Report on sanitation, dispensaries, and jails in Rajputana for 1914, and on vaccination for the year 1914-1915 - 1914-1915
Year: 1914
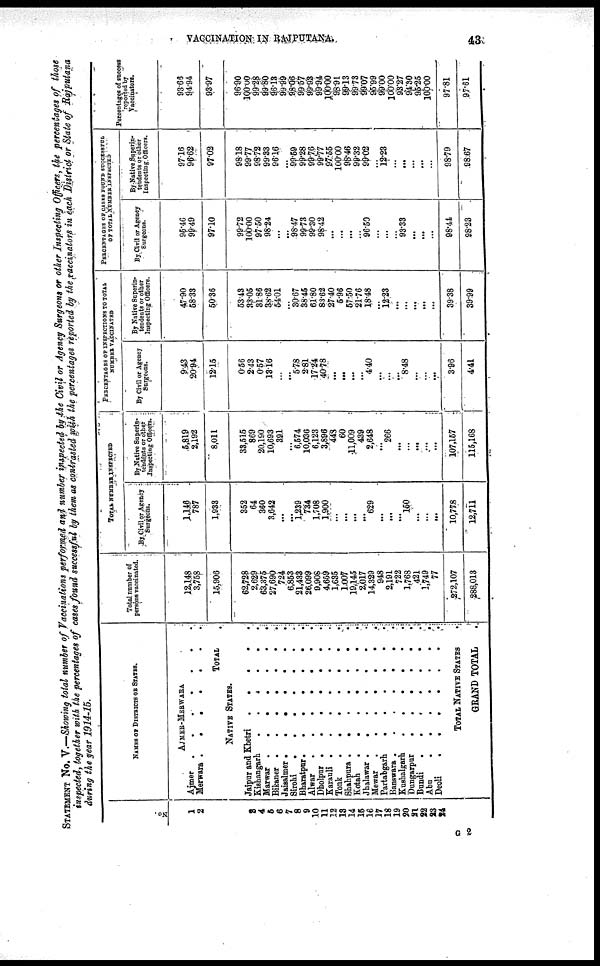
VACCINATION IN
RAJPUTANA.
43
STATEMENT No. V.—Showing total number of Vaccinations performed and number inspected by the Civil or Agency Surgeons or other Inspecting Officers, the percentages of those
inspected, together with the percentages of cases found successful by them as contrasted with the percentages reported by the vaccinators in each District or State of
Rajputana
during the year 1914-15.
No.
1
2
3
4
5
6
7
8
9
10
11
12
13
14
15
16
17
18
19
20
21
22
23
24
NAMES OF DISTRICTS OR STATES.
AJMER-MERWARA
Ajmer . . . . . . .
Merwara .
.
.
.
.
.
.
TOTAL .
NATIVE STATES.
Jaipur and Khetri
.
.
.
.
Kishangarh
.
.
.
.
.
.
Marwar .
.
.
.
.
.
.
Bikaner
.
.
.
.
.
.
.
Jaisalmer
.
.
.
.
.
.
.
Sirohi
.
.
.
.
.
.
.
Bharatpur
.
.
.
.
.
.
.
Alwar
.
.
.
.
.
.
.
Dholpur
.
.
.
.
.
.
.
Karauli
.
.
.
.
.
.
.
Tonk
.
.
.
.
.
.
.
Shahpura .
.
.
.
.
.
.
Kotah
.
.
.
.
.
.
.
Jhalawar
.
.
.
.
.
.
.
Mewar .
.
.
.
.
.
.
Partabgarh . . . . . . . .
Banswara .
.
.
.
.
.
.
Kushalgarh
.
.
.
.
.
.
Dungarpur
.
.
.
.
.
.
Bundi
.
.
.
.
.
.
.
.
Abu
.
.
.
.
.
.
.
.
Deoli
.
.
.
.
.
.
.
.
TOTAL NATIVE STATES .
GRAND TOTAL .
Total number of
persons vaccinated.
22,148
3,758
15,906
62,728
2,629
63,375
27,690
724
6,853
21,433
26,099
9,908
4,659
1,635
1,007
19,145
2,017
14,329
948
2,191
722
1,768
421
1,749
77
272,107
288,013
TOTAL NUMBER
INSPECTED
By Civil or Agency
Surgeons.
1,146
787
1,933
352
64
360
3,642
...
...
1,239
734
1,708
1,900
...
...
...
...
629
...
...
...
150
...
...
...
10,778
12,711
By Native Superin-
tendents or other
Inspecting Officers.
5,819
2,192
8,011
33,515
869
20,190
10,693
391
...
6,574
10,036
6,123
3,896
443
60
11,009
439
2,648
...
266
...
...
...
...
...
107,157
115,168
PERCENTAGES OF INSPECTIONS TO TOTAL
NUMBER VACCINATED
By Civil or Agency
Surgeons.
9.43
20.94
12.15
0.56
2.43
0.57
13.16
...
...
5.78
2.81
17.24
40.78
...
...
...
...
4.40
...
...
...
8.48
...
...
...
3.96
4.41
By Native Superin-
tendents or other
Inspecting Officers.
47.90
58.33
50.36
53.43
33.05
31.86
38.62
54.01
...
30.67
38.45
61.80
83.62
27.40
5.96
57.50
21.76
18.48
...
12.23
...
...
...
...
...
39.38
39.99
PERCENTAGES OF CASES FOUND SUCCESSFUL
OF TOTAL NUMBER INSPECTED
By Civil or Agency
Surgeons.
95.46
99.49
97.10
99.72
100.00
97.50
98.24
...
...
98.47
99.73
99.30
98.42
...
...
...
...
96.50
...
...
...
93.33
...
...
...
98.44
98.23
By Native Superin-
tendents or other
Inspecting Officers.
97.16
96.62
97.02
98.18
99.77
98.72
99.33
96.16
...
99.59
99.28
99.76
99.77
97.55
100.00
98.46
99.32
99.02
...
12.23
...
...
...
...
...
98.79
98.67
Percentages of success
reported by
Vaccinators.
93.66
94.94
93.97
96.90
100.00
99.28
99.80
96.13
99.99
98.06
99.57
99.93
99.94
100.00
98.91
99.13
99.73
99.07
95.99
99.00
100.00
93.27
94.30
95.25
100.00
97.81
97.61
G 2